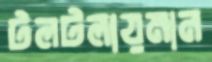
টলটলায়মান